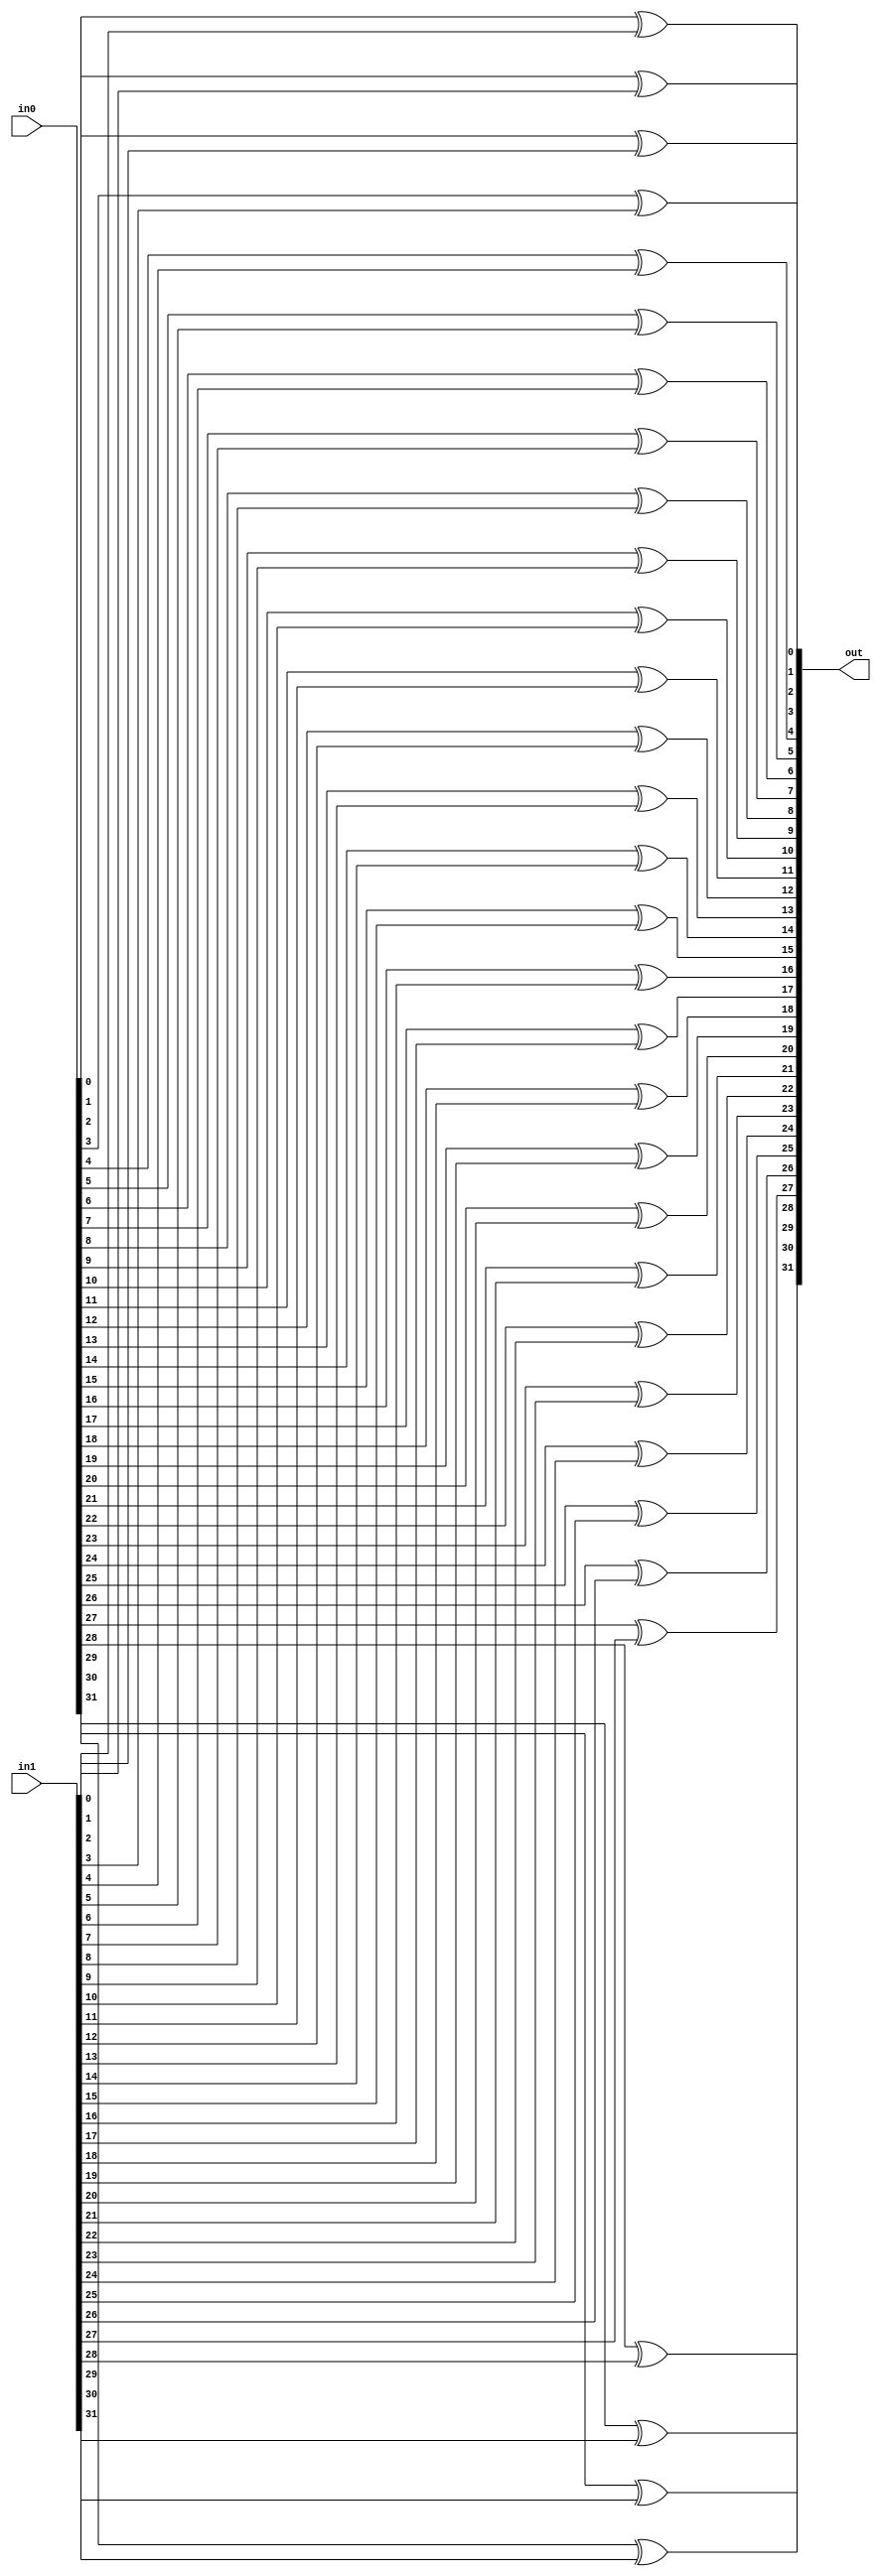
`timescale 1ns / 1ps
//////////////////////////////////////////////////////////////////////////////////
// Company: 
// 
// Design Name: 
// Module Name: xor_32bit_bus
// Project Name: 
// Target Devices: 
// Tool Versions: 
// Description: 
// 
// Dependencies: 
// 
// Revision:
// Revision 0.01 - File Created
// Additional Comments:
// 
//////////////////////////////////////////////////////////////////////////////////


module xor_32bit_bus(
    output [31:0] out,
    input [31:0] in0,
    input [31:0] in1
    );

    xor(out[0], in0[0], in1[0]);
    xor(out[1], in0[1], in1[1]);
    xor(out[2], in0[2], in1[2]);
    xor(out[3], in0[3], in1[3]);
    xor(out[4], in0[4], in1[4]);
    xor(out[5], in0[5], in1[5]);
    xor(out[6], in0[6], in1[6]);
    xor(out[7], in0[7], in1[7]);
    xor(out[8], in0[8], in1[8]);
    xor(out[9], in0[9], in1[9]);
    xor(out[10], in0[10], in1[10]);
    xor(out[11], in0[11], in1[11]);
    xor(out[12], in0[12], in1[12]);
    xor(out[13], in0[13], in1[13]);
    xor(out[14], in0[14], in1[14]);
    xor(out[15], in0[15], in1[15]);
    xor(out[16], in0[16], in1[16]);
    xor(out[17], in0[17], in1[17]);
    xor(out[18], in0[18], in1[18]);
    xor(out[19], in0[19], in1[19]);
    xor(out[20], in0[20], in1[20]);
    xor(out[21], in0[21], in1[21]);
    xor(out[22], in0[22], in1[22]);
    xor(out[23], in0[23], in1[23]);
    xor(out[24], in0[24], in1[24]);
    xor(out[25], in0[25], in1[25]);
    xor(out[26], in0[26], in1[26]);
    xor(out[27], in0[27], in1[27]);
    xor(out[28], in0[28], in1[28]);
    xor(out[29], in0[29], in1[29]);
    xor(out[30], in0[30], in1[30]);
    xor(out[31], in0[31], in1[31]);

endmodule